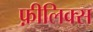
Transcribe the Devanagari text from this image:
फ़ीलिक्स